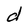
Character: d